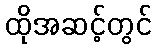
ထိုအဆင့်တွင်